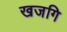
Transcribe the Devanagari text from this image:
खजगि